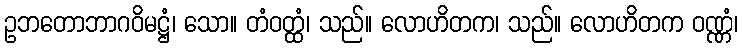
ဥဘတောဘာဂဝိမဋ္ဌံ၊ သော။ တံဝတ္ထံ၊ သည်။ လောဟိတက၊ သည်။ လောဟိတက ဝဏ္ဏံ၊